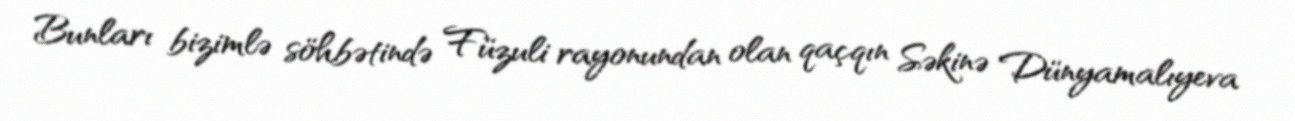
Bunları bizimlə söhbətində Füzuli rayonundan olan qaçqın Səkinə Dünyamalıyeva